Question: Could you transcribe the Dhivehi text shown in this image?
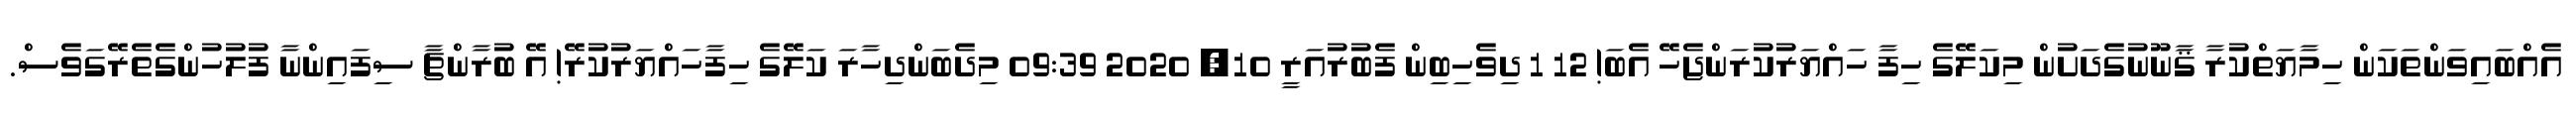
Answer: އެއްބައިވަންތަކަން ހިމާޔަތްކުރާ ޤާނޫނުގެދަށުން މިކަލޭގެ ހިފާ ހައްޔަރުކުރަންޖެހޭ އެބަ! 12 1 ދިވެހިބިން ފެބުރުއަރީ 10, 2020 09:39 މިދެބަންދިހާރަ ކަލޭގެ ހިފާހައްޔަރުކުރޭ! އޭ ބުރާންޗާ ސިފައިންނާ ފުލުހުންގެތެރޭގަވެސް.